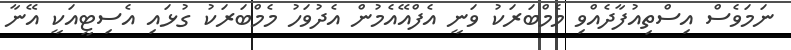
ނަމަވެސް އިސްތިއުފާދެއްވި މެމްބަރަކު ވަނީ އެފްއޭއެމުން އެދުވަހު މެމްބަރަކު ގުޅައި އެސިޓީއަކީ އޭނާ